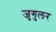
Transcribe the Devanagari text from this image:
जुगुलर